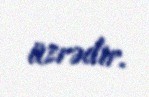
üzrədir.